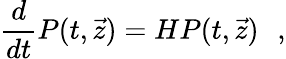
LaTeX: \frac{d}{dt}P(t,\vec{z})=HP(t,\vec{z})\, ~~,